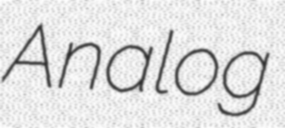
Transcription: Analog